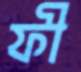
ফী